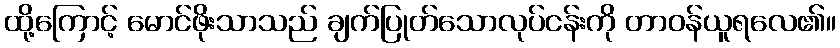
ထို့ကြောင့် မောင်ဖိုးသာသည် ချက်ပြုတ်သောလုပ်ငန်းကို တာဝန်ယူရလေ၏။